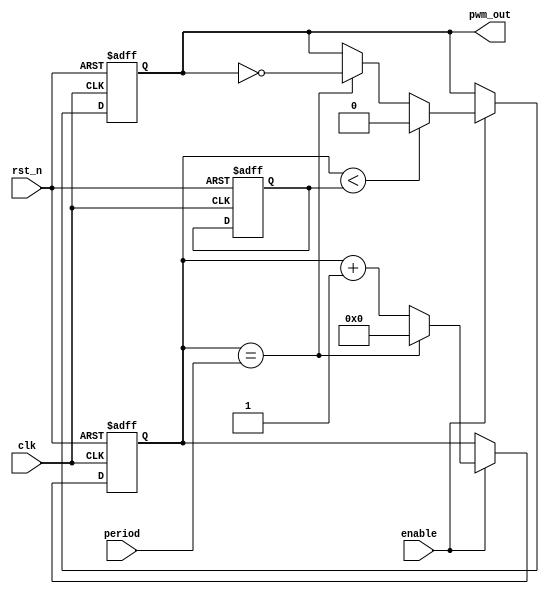
module pwm_timer (
    input wire clk,          // Clock signal
    input wire rst_n,        // Active low reset
    input wire enable,       // Enable signal
    input wire [7:0] period, // Programmable period value
    output reg pwm_out       // PWM output signal
);

reg [7:0] counter;
reg [6:0] comparator;

always @(posedge clk or negedge rst_n) begin
    if (~rst_n) begin
        counter <= 8'b0;
        comparator <= 7'b0;
        pwm_out <= 1'b0;
    end else begin
        if (enable) begin
            if (counter == period) begin
                counter <= 8'b0;
                pwm_out <= ~pwm_out;
            end else begin
                counter <= counter + 1;
            end
            if (counter < comparator) begin
                pwm_out <= 1'b0;
            end
        end
    end
end

assign comparator = period >> 1;

endmodule